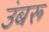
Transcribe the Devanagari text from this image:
उंबरू